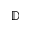
\mathbb { D }